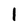
Character: 1